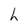
Character: h